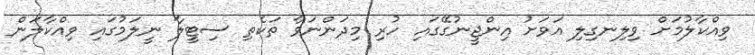
ވިއްކާލުމަށް ވިލިނގިލި އަވަށު އިންޖީނުގޭގައި ހުރި މިދަންނަވާ ތަކެތި ސިޓީލާ ނީލަމުގައި ވިއްކާލަން